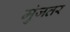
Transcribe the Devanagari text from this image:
मुंजतर